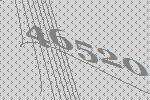
46520